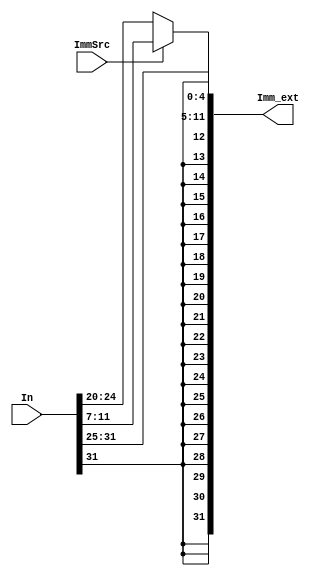
module sign_ext (In,Imm_ext,ImmSrc);



input [31:0]In;
    input ImmSrc;
    output [31:0]Imm_ext;

    assign Imm_ext = (ImmSrc == 1'b1) ? ({{20{In[31]}},In[31:25],In[11:7]}):
                                        {{20{In[31]}},In[31:20]};
endmodule